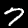
Label: 7